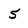
Character: 5